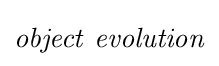
{\it {object~evolution}}